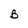
Character: B